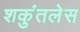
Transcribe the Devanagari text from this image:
शकुंतलेस